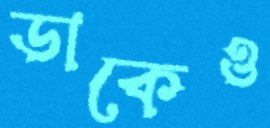
ডাকেও